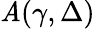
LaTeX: \mathit{A}(\gamma,\Delta)